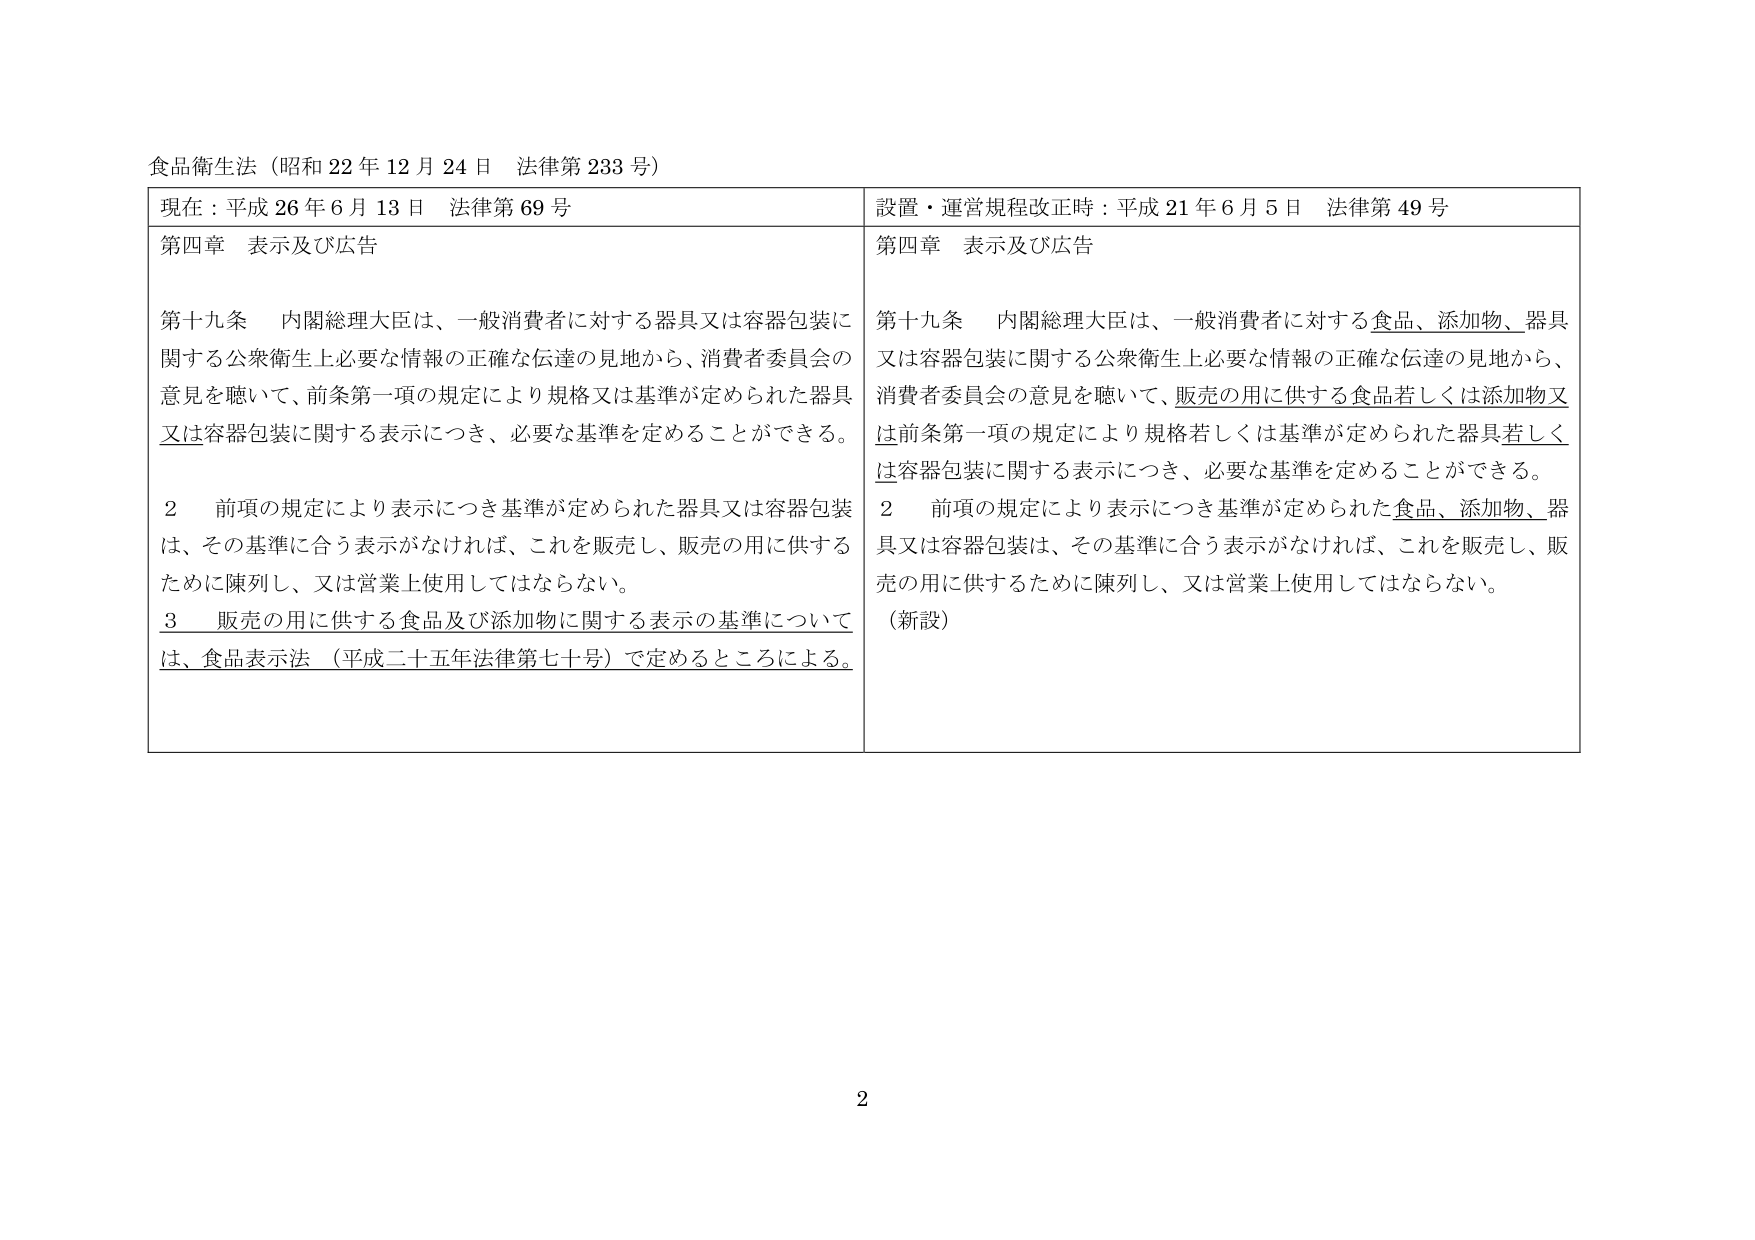
食品衛生法（昭和22年12月24日 法律第233号）

現在：平成26年6月13日 法律第69号
第四章 表示及び広告

第十九条 内閣総理大臣は、一般消費者に対する器具又は容器包装に関する公衆衛生上必要な情報の正確な伝達の見地から、消費者委員会の意見を聴いて、前条第一項の規定により規格又は基準が定められた器具又は容器包装に関する表示につき、必要な基準を定めることができる。

２ 前項の規定により表示につき基準が定められた器具又は容器包装は、その基準に合う表示がなければ、これを販売し、販売の用に供するために陳列し、又は営業上使用してはならない。

３ 販売の用に供する食品及び添加物に関する表示の基準については、食品表示法（平成二十五年法律第七十号）で定めるところによる。

設置・運営規程改正時：平成21年6月5日 法律第49号
第四章 表示及び広告

第十九条 内閣総理大臣は、一般消費者に対する食品、添加物、器具又は容器包装に関する公衆衛生上必要な情報の正確な伝達の見地から、消費者委員会の意見を聴いて、販売の用に供する食品若しくは添加物又は前条第一項の規定により規格若しくは基準が定められた器具若しくは容器包装に関する表示につき、必要な基準を定めることができる。

２ 前項の規定により表示につき基準が定められた食品、添加物、器具又は容器包装は、その基準に合う表示がなければ、これを販売し、販売の用に供するために陳列し、又は営業上使用してはならない。

（新設）

2